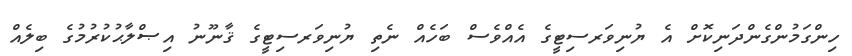
ހިންގަމުންގެންދަނިކޮށް އެ ޔުނިވަރސިޓީގެ އެއްވެސް ބަހެއް ނެތި ޔުނިވަރސިޓީގެ ޤާނޫނު އިޞްލާޙުކުރުމުގެ ބިލެއް